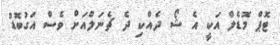
ޓޮޕް މޮޑެލް އަކީ އެ ޝޯ ދެއްކި ދެ ޗެނަލްއަށް ވެސް އަގުބޮޑު